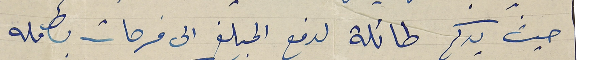
حيث يدكم طائلة لدفع المبلغ الى فرحات بكامله